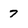
Character: 7